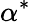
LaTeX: \alpha^{\ast}